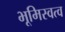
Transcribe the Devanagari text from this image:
भूमिस्वत्व